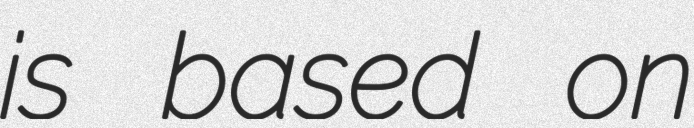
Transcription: is based on